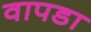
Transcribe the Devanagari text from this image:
वापडा